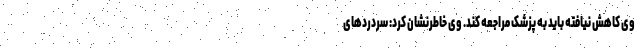
وی کاهش نیافته باید به پزشک مراجعه کند. وی خاطرنشان کرد: سردردهای